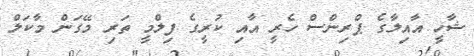
ޝާހީ އާއިލާގެ ޕްރިންސް ހެރީ އާއި ކުރީގެ ފިލްމީ ތަރި މޭގަން މާކަލް